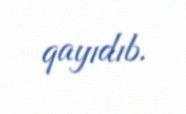
qayıdıb.